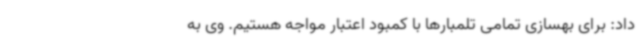
داد: برای بهسازی تمامی تلمبارها با کمبود اعتبار مواجه هستیم. وی به